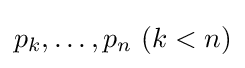
p_{k},\ldots ,p_{n}\ (k<n)